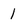
Character: 1